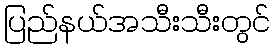
ပြည်နယ်အသီးသီးတွင်